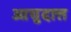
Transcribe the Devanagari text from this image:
आद्युदात्त